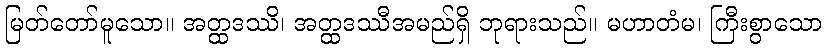
မြတ်တော်မူသော။ အတ္ထဒဿိ၊ အတ္ထဒဿီအမည်ရှိ ဘုရားသည်။ မဟာတံမ၊ ကြီးစွာသော